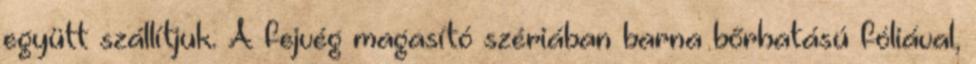
együtt szállítjuk. A fejvég magasító szériában barna bőrhatású fóliával,